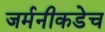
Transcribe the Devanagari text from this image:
जर्मनीकडेच